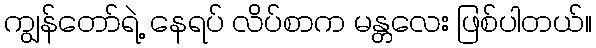
ကျွန်တော်ရဲ့ နေရပ် လိပ်စာက မန္တလေး ဖြစ်ပါတယ်။